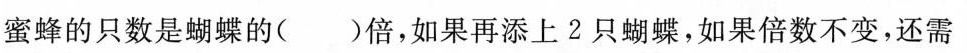
蜜蜂的只数是蝴蝶的( )倍，如果再添上2只蝴蝶，如果倍数不变，还需